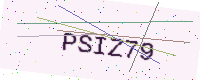
Text: PSIZ79